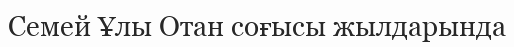
Семей Ұлы Отан соғысы жылдарында